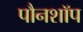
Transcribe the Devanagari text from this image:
पौनशॉप